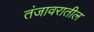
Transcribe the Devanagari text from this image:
तंजावरातील